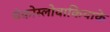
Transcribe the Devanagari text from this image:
चेकोस्लोवाकियाके